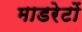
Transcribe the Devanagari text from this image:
माडरेटों